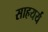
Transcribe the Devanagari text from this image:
साहयर्य